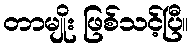
တာမျိုး ဖြစ်သင့်ပြီ။